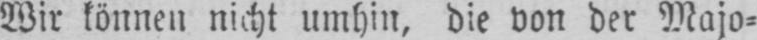
Wir können nicht umhin, die von der Majo⸗